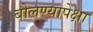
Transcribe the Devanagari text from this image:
बोलण्यापेक्षा